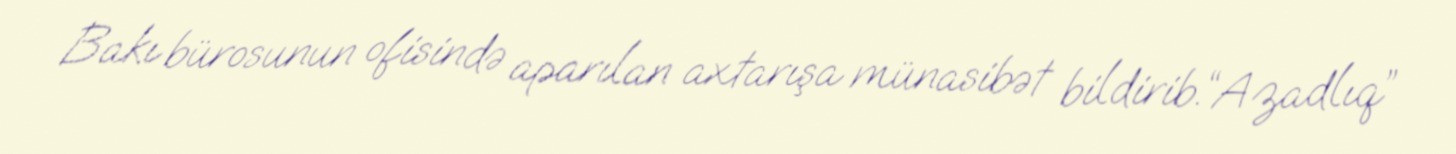
Bakı bürosunun ofisində aparılan axtarışa münasibət bildirib.“Azadlıq”